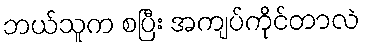
ဘယ်သူက စပြီး အကျပ်ကိုင်တာလဲ